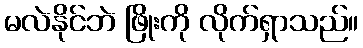
မလဲနိုင်ဘဲ ဖြိုးကို လိုက်ရှာသည်။